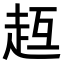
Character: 𧺳